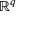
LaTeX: \mathbb { R } ^ { q }